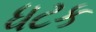
ધટક